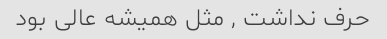
حرف نداشت , مثل همیشه عالی بود